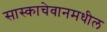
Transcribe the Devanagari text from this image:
सास्काचेवानमधील